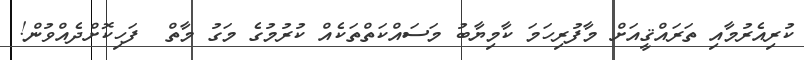
ކުރިއެރުމާއި ތަރައްޤީއަށް މާފުރިހަމަ ކާމިޔާބު މަސައްކަތްތަކެއް ކުރުމުގެ މަގު މާތް  ފަހިކޮށްދެއްވުން!